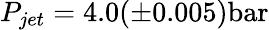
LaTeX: P_{jet}=4.0(\pm 0.005)\mathrm{bar}